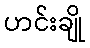
ဟင်းချို